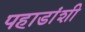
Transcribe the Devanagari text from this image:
पहाडांशी